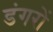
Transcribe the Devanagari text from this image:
डंगरों